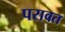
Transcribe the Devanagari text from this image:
परावत